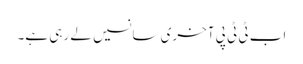
اب ٹی ٹی پی آخری سانسیں لے رہی ہے۔